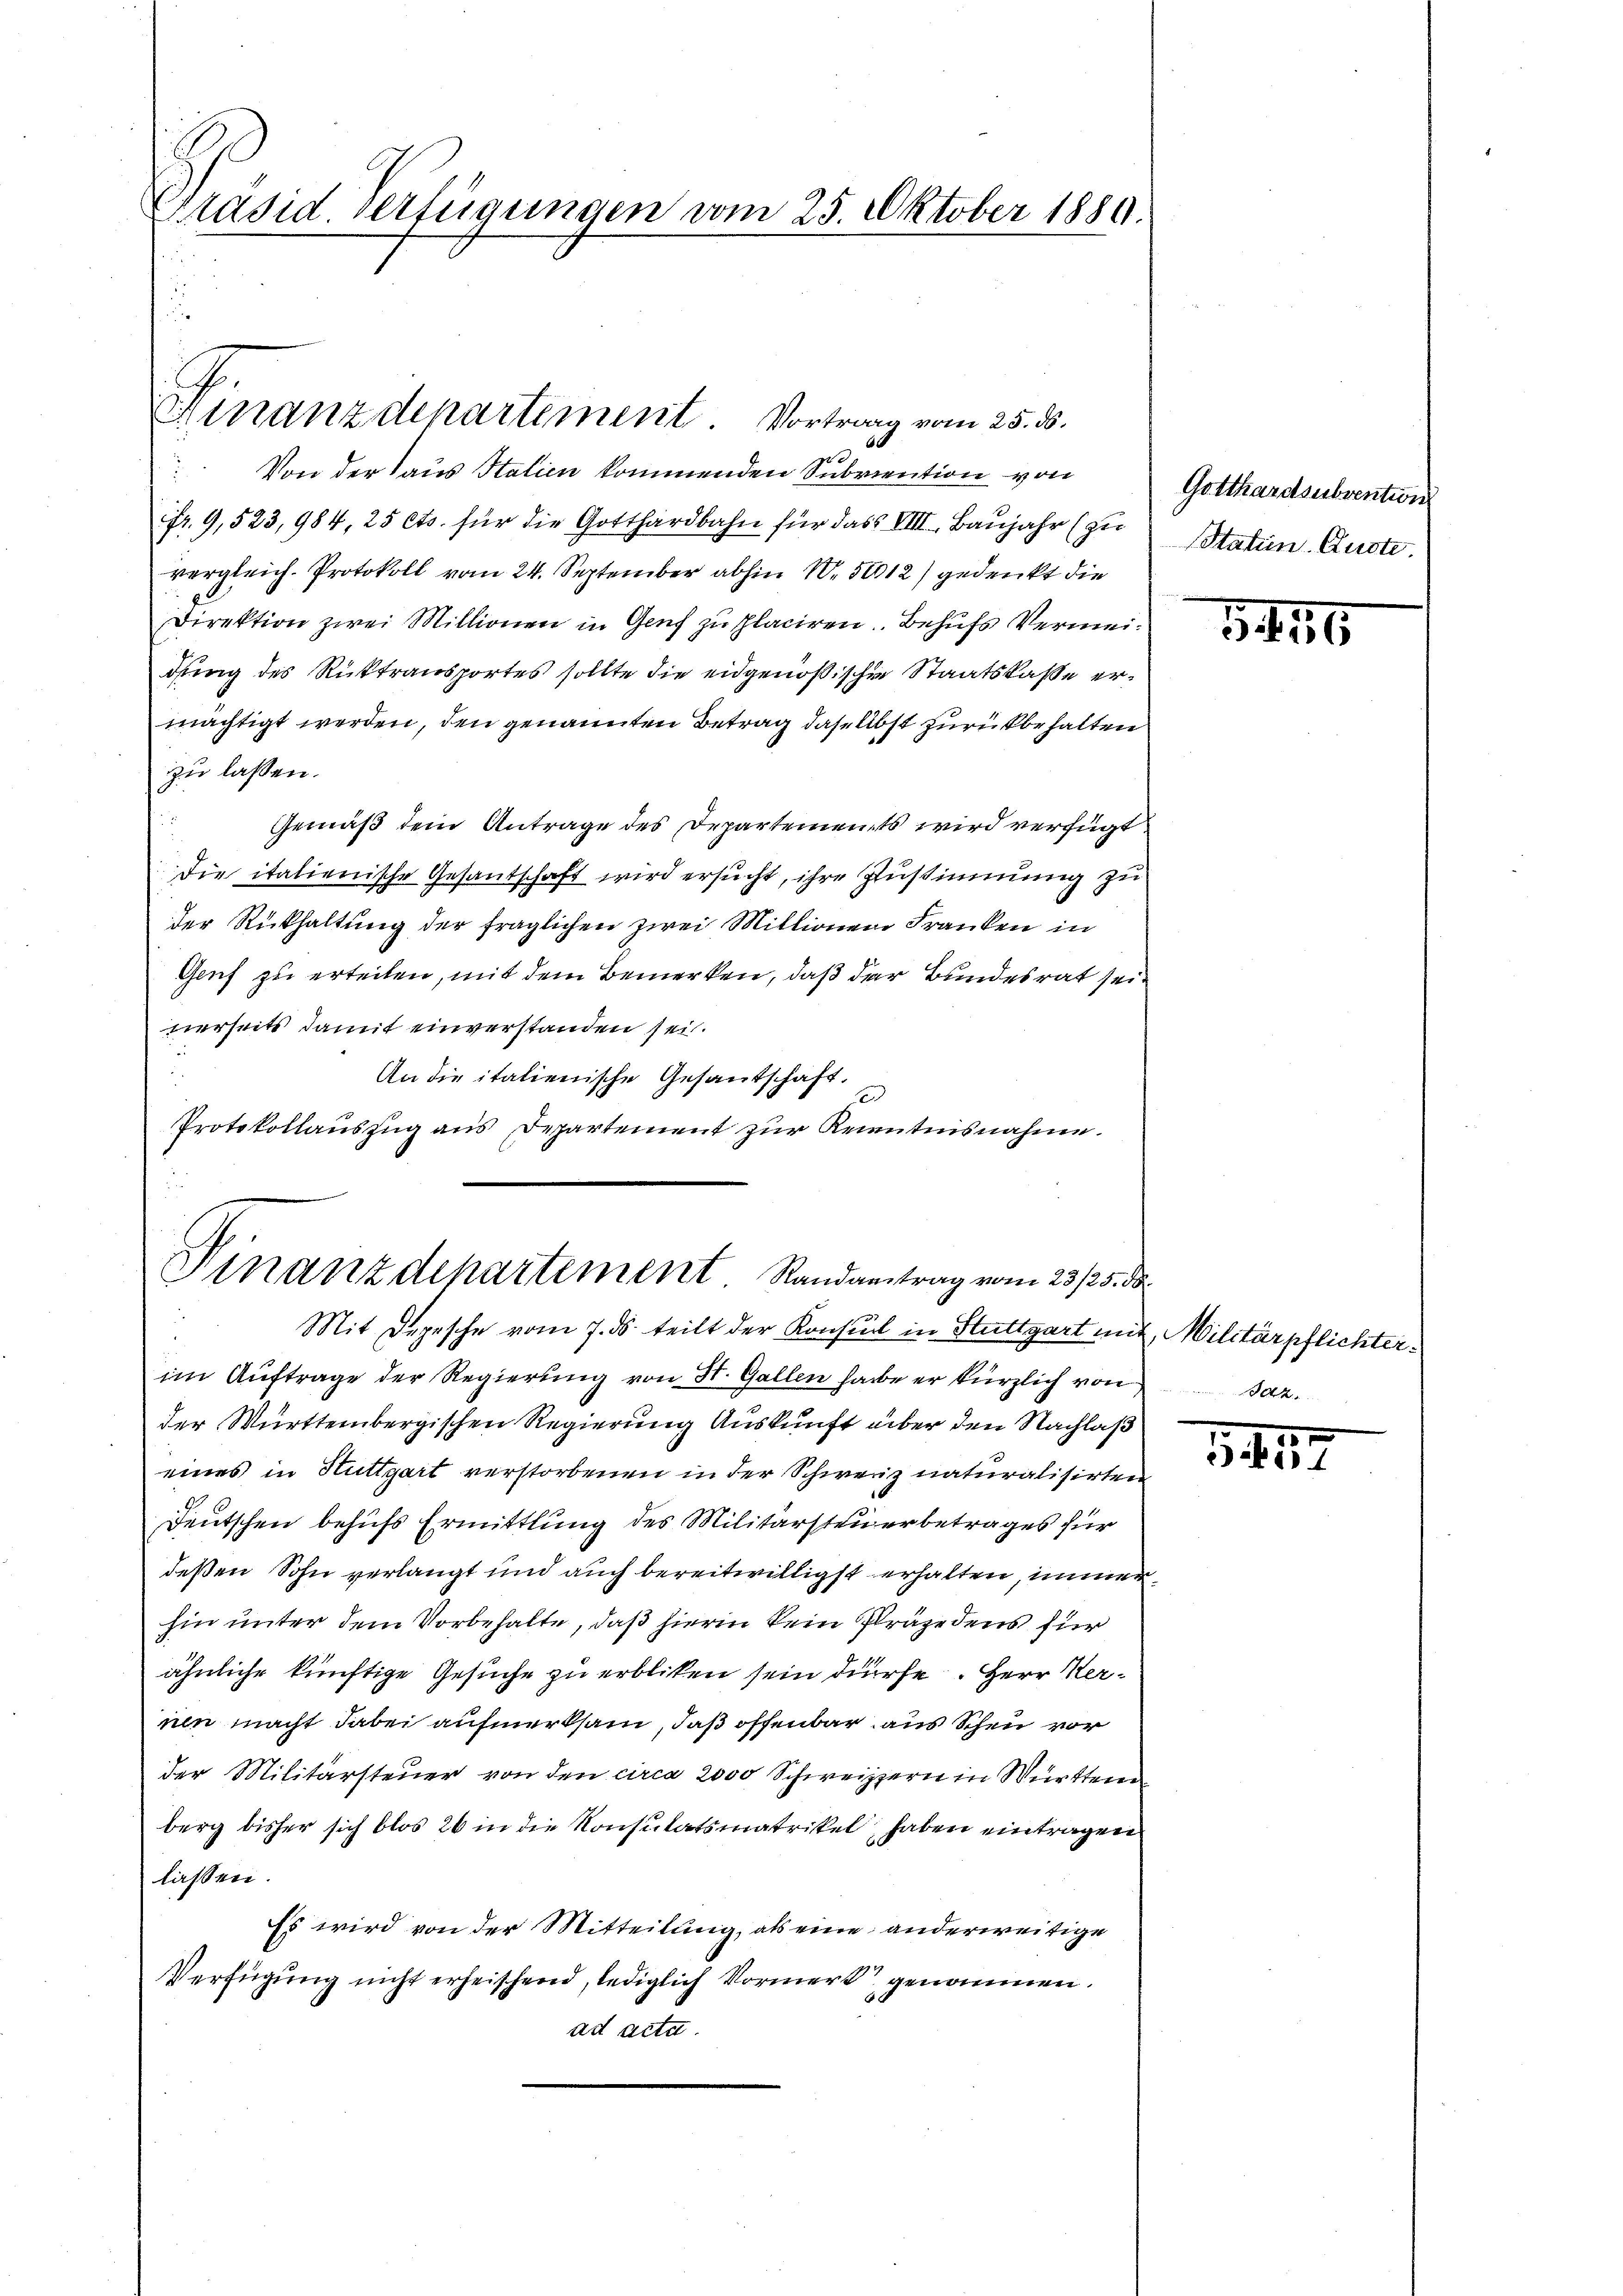
Präsid. Verfügungen vom 25. Oktober 1889.

A.
Einanzdepartement. Vortrag vom 25. ds.

g
 Von der Haus Italien kommenden Subvention von
fr. 9,523, 984. 25 Cts. für die Gotthardbahn für das VIII. Baŭjahr (zu Statun. Auste.
vergleich. Protokoll vom 24. September abhin 10. 50012) gedenkt die
Direktion zwei Millionen in Genf zu placiren. Behufs Vermeidung des Rücktransportes sollte die eidgenößischen Staatskaße ermächtigt werden, den genannten Betrag daselbst zurückbehalten
zzu lassen.
Gemäß dem Antrage des Departements wird verfügt
Die italienische Gesandschaft wird ersucht, ihre Zustimmung zu
der Rückhaltung der fraglichen zwei Millionen Franken in
Genf zu erteilen, mit dem Bemerken, daß der Bundesrat seinerseits damit einverstanden sei.
An die italienische Gesantschaft.
Protokollauszug aus Departement zur Kenntnisnahme.

Finanzdepartement Randantrag vom 23/25. ds.
Mit Depesche vom 7. ds. teilt der Konsul in Stuttgart mit, Militärpflichter¬

im Auftrage der Regierung von St. Gallen habe er kürzlich von 2
der Württembergischen Regierung Auskunft über den Nachlaß
eines in Stuttgart verstorbenen in der Schweiz naturalisirten
Deutschen behufs Ermittlung des Militärsteuerbetrages für
deßen Sohn verlangt und auch bereitwilligst erhalten, immerhin unter dem Vorbehalte, daß hierin kein Präge dens für
ähnliche künftige Gesuche zu erbliken sein dürfe. Herr Hernen macht dabei aufmerksam, daß offenbar aus Scheu vor
der Militärsteuer von den circa 2000 Schweizzern in Württer
berg bisher sich blos 26 in die Konsulatsmatrikel, haben eintragen
laßen.
Es wird von der Mitteilung, als eine anderweitige
Verfügung nicht erheischend, lediglich Vormerk genommen.
ad acta.

Gotthardsubvention

1416

15
keit